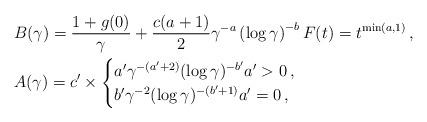
LaTeX: \begin{align*}&B(\gamma)= \frac{1+g(0)}{\gamma}+\frac{c(a+1)}{2}\gamma^{-a}\left(\log\gamma \right)^{-b}F(t)=t^{\min(a,1)}\,,\\&A(\gamma)=c'\times\begin{cases}a'\gamma^{-(a'+2)}(\log\gamma)^{-b'}a'>0\,,\\b'\gamma^{-2}(\log\gamma)^{-(b'+1)}a'=0\,,\end{cases}\end{align*}